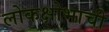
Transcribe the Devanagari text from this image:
लोकक्षोभाची